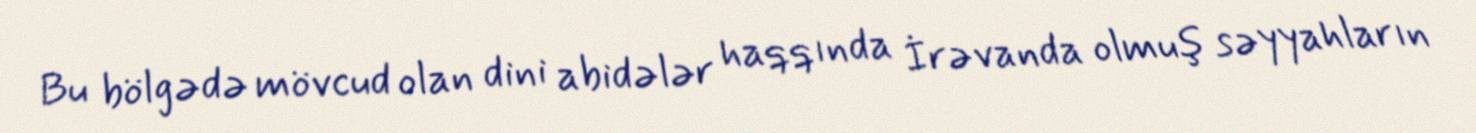
Bu bölgədə mövcud olan dini abidələr haqqında İrəvanda olmuş səyyahların